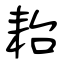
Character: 耛